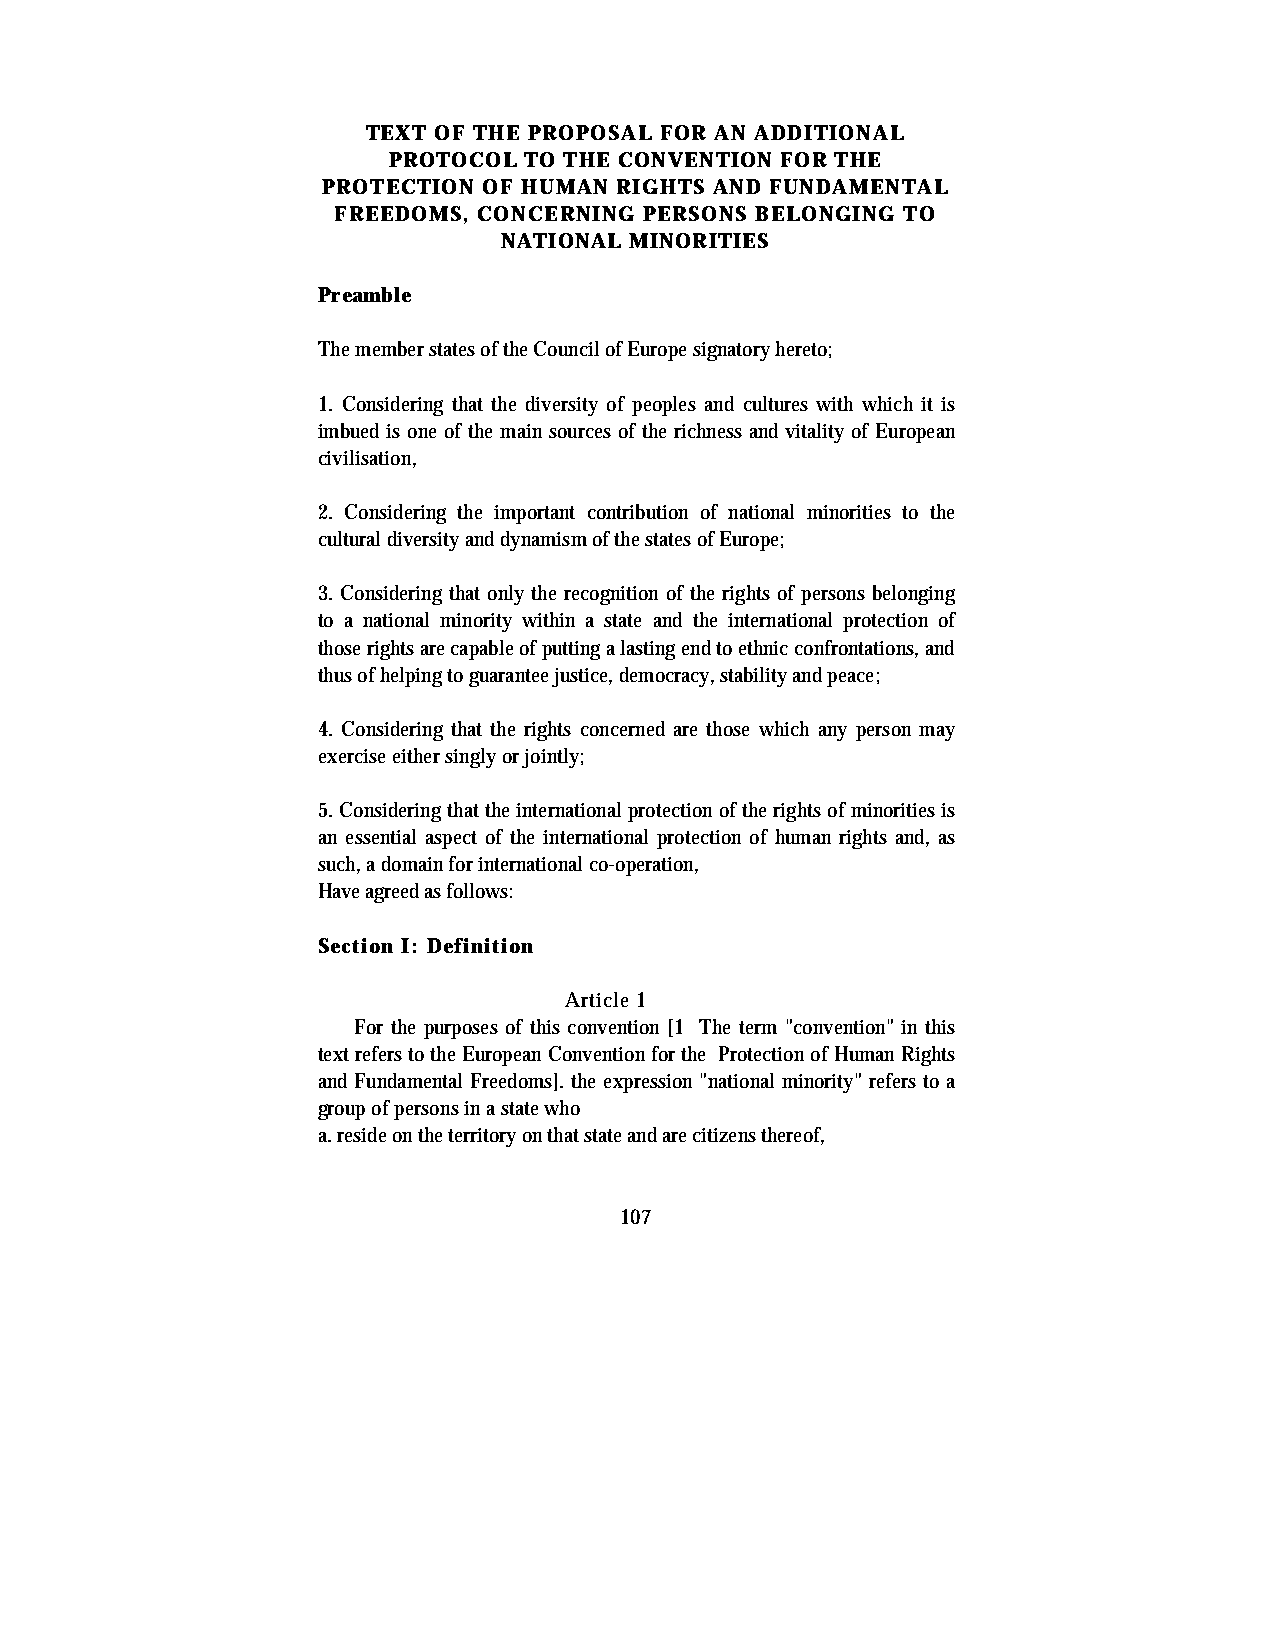
TEXT OF THE PROPOSAL FOR AN ADDITIONAL
 PROTOCOL TO THE CONVENTION FOR THE
 PROTECTION OF HUMAN RIGHTS AND FUNDAMENTAL
 FREEDOMS, CONCERNING PERSONS BELONGING TO
 NATIONAL MINORITIES
 Preamble
 The member states of the Council of Europe signatory hereto;
 1. Considering that the diversity of peoples and cultures with which it is
 imbued is one of the main sources of the richness and vitality of European
 civilisation,
 2. Considering the important contribution of national minorities to the
 cultural diversity and dynamism of the states of Europe;
 3. Considering that only the recognition of the rights of persons belonging
 to a national minority within a state and the international protection of
 those rights are capable of putting a lasting end to ethnic confrontations, and
 thus of helping to guarantee justice, democracy, stability and peace;
 4. Considering that the rights concerned are those which any person may
 exercise either singly or jointly;
 5. Considering that the international protection of the rights of minorities is
 an essential aspect of the international protection of human rights and, as
 such, a domain for international co-operation,
 Have agreed as follows:
 Section I: Definition
 Article 1
 For the purposes of this convention [1 The term "convention" in this
 text refers to the European Convention for the Protection of Human Rights
 and Fundamental Freedoms]. the expression "national minority" refers to a
 group of persons in a state who
 a. reside on the territory on that state and are citizens thereof,
 107